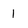
Character: 1